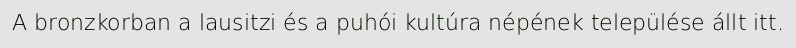
A bronzkorban a lausitzi és a puhói kultúra népének települése állt itt.